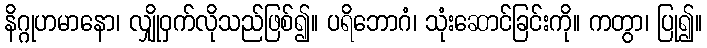
နိဂ္ဂုဟမာနော၊ လျှိုဝှက်လိုသည်ဖြစ်၍။ ပရိဘောဂံ၊ သုံးဆောင်ခြင်းကို။ ကတွာ၊ ပြု၍။